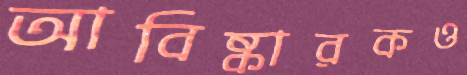
আবিষ্কারকও